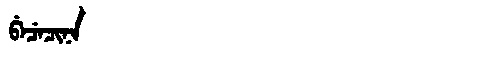
Manchu: ᠪᡝᠴᡝᠴᡳᠨᠠ
Romanization: BECECINA